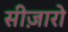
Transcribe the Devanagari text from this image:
सीज़ारो